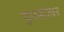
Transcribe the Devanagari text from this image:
गुनसेखर